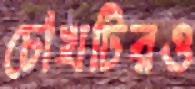
চোখটিরও